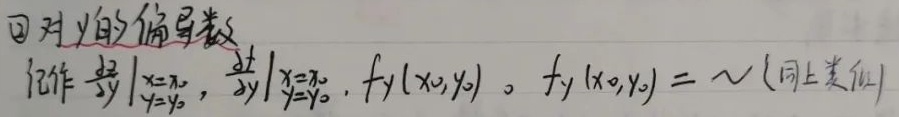
\textcircled{2} 对\(y\)的偏导数记作\(\left.\frac{\partial z}{\partial y}\right|_{\substack{x = x_{0}\\y = y_{0}}}\)，\(\left.\frac{\partial f}{\partial y}\right|_{\substack{x = x_{0}\\y = y_{0}}}\)，\(f_{y}(x_{0},y_{0})\)。\(f_{y}(x_{0},y_{0})=\sim\) (同上类似)